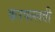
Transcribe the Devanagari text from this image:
करपल्लवी